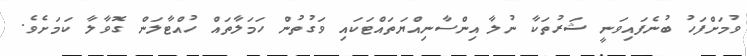
ވުމަށްފަހު ބުނެފައިވަނީ ޝަރުތަކާ ނުލާ އިންސާނިއްޔަތައްޓަކައި ވަގުތުން ހަމަލާތައް ހުއްޓާލަން ގޮވާލާ ކަމަށެވެ.